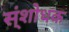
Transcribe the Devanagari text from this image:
स्ंशोधक